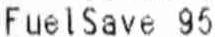
FUEL SAVE 95